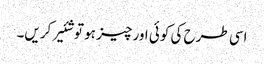
اسی طرح کی کوئی اور چیز ہو تو شئیر کریں۔